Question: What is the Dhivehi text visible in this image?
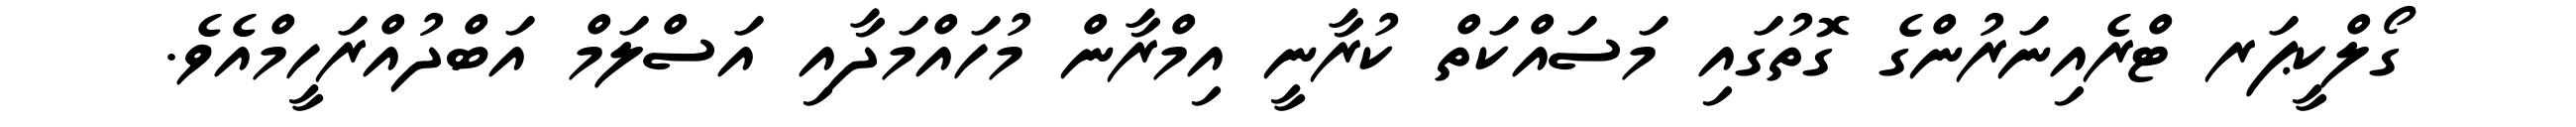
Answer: ގޯލްކީޕަރ ޓްރެއިނަރުންގެ ގޮތުގައި މަސައްކަތް ކުރާނީ އިމްރާން މުހައްމަދާއި އަސްލަމް އަބްދުއްރަހީމްއެވެ.